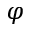
\varphi